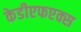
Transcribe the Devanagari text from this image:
केडीएफएक्स